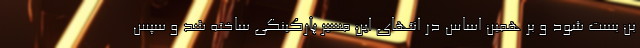
بن بست شود و بر همین اساس در انتهای این مسیر پارکینگی ساخته شد و سپس